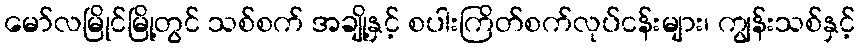
မော်လမြိုင်မြို့တွင် သစ်စက် အချို့နှင့် စပါးကြိတ်စက်လုပ်ငန်းများ၊ ကျွန်းသစ်နှင့်